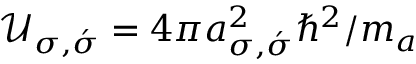
\mathcal { U } _ { \sigma , \acute { \sigma } } = 4 \pi a _ { \sigma , \acute { \sigma } } ^ { 2 } \hbar ^ { 2 } / m _ { a }